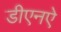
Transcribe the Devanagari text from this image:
डीएनऐ